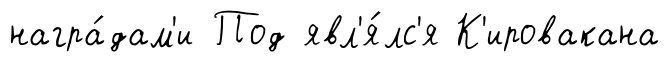
награ́дам'и Под явл'я́лс'я К'ировакана